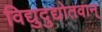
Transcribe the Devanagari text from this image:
विद्युदुद्योतवान्